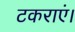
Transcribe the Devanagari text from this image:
टकराएं।